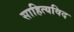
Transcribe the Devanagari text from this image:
साहित्यविद